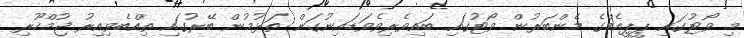
މި ވޯޓުގައި ޕީޕީއެމްގެ މެންބަރުން ވޯޓުގައި ބައިވެރިވެވަޑައިނުގަން ތަޅުމުން ބޭރުގައި ތިއްބެވިއިރު ޖުމްހޫރި